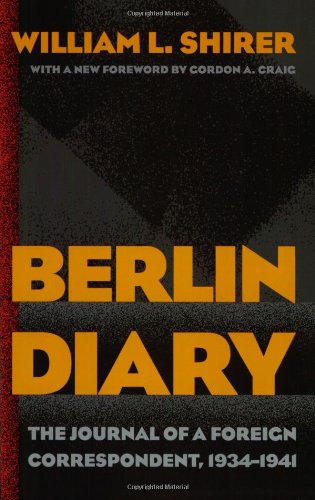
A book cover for Berlin Diary: The Journal of a Foreign Correspondent, 1934-1941; William L. Shirer; Biographies & Memoirs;